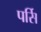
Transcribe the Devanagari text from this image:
पर्सि